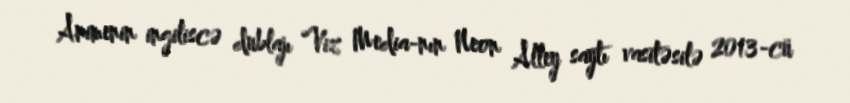
Animenin ingiliscə dublajı Viz Media-nın Neon Alley saytı vasitəsilə 2013-cü